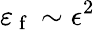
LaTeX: \varepsilon_{\mathrm{~f~}}\sim\epsilon^{2}